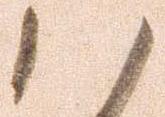
ハ